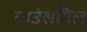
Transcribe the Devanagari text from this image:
टाउंसविल